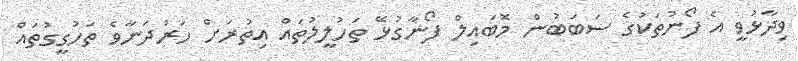
ވިދާޅުވީ އެ ފޯނުތަކުގެ ސަބަބުން މޮބައިލް ފޯނާގުޅޭ ތަހުލީލުތައް އިތުރަށް ހަރުދަނާވެ ތަހުގީގުތައް